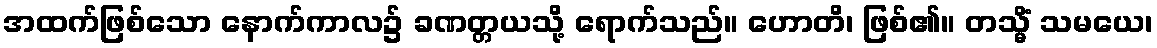
အထက်ဖြစ်သော နောက်ကာလ၌ ခဏတ္တယသို့ ရောက်သည်။ ဟောတိ၊ ဖြစ်၏။ တသ္မိံ သမယေ၊